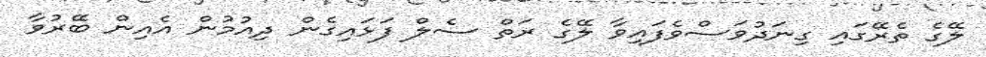
ލޭގެ ތެރޭގައި ގިނަދުވަސްވެފައިވާ ލޭގެ ރަތް ސެލް ފަޅައިގެން ދިއުމުން އެއިން ބޭރުވާ